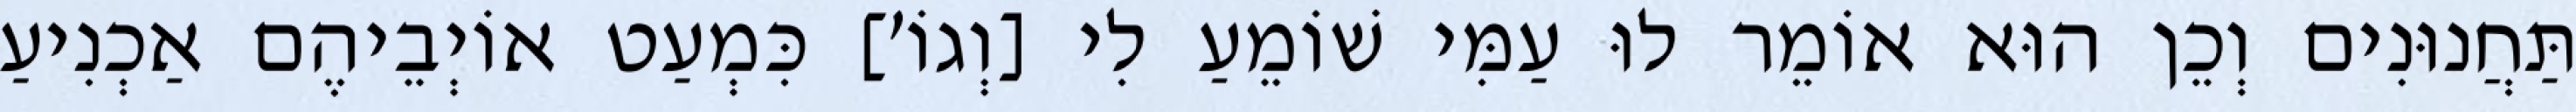
תַּחֲנוּנִים וְכֵן הוּא אוֹמֵר לוּ עַמִּי שׁוֹמֵעַ לִי [וְגוֹ׳] כִּמְעַט אוֹיְבֵיהֶם אַכְנִיעַ